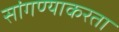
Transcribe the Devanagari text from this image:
सांगण्याकरता